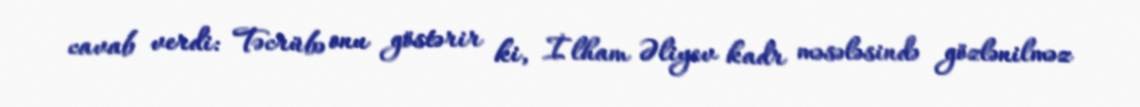
cavab verdi: Təcrübə onu göstərir ki, İlham Əliyev kadr məsələsində gözlənilməz